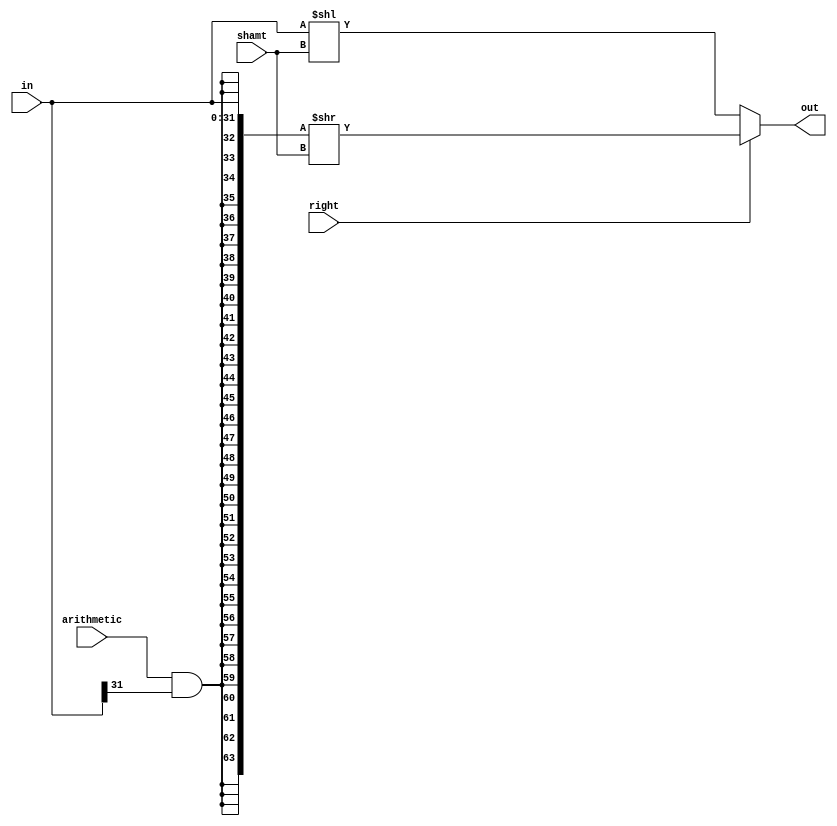
//#############################################################################
//# Function: Barrel shifter                                                  #
//#############################################################################
//# Author:   Andreas Olofsson                                                #
//# License:  MIT (see LICENSE file in OH! repository)                        #
//#############################################################################

module oh_shift
  #(parameter N   = 32,         // Operator width (8,16,32,64,128)
    parameter S    = $clog2(N), // stages=shift width
    parameter SYN = "TRUE"       // TRUE is synthesizable
    )
   (
    input [N-1:0]  in,         // data to be shifted
    input 	    arithmetic, // shifts in in[N-1] instead of 0
    input 	    right,      // shift right (default is left shift)
    input [S-1:0]   shamt,      // shift amount (unsigned)
    output [N-1:0] out         //shifted output
    );

   generate
      if(SYN=="TRUE")  begin: gbehavioral

	 wire [2*N-1:0] in_sext;
	 wire [N-1:0] 	 sr_result;
	 wire [N-1:0] 	 sl_result;

	 assign shift_in          = arithmetic & in[N-1];

	 assign in_sext[2*N-1:0] = {{(N){shift_in}},in[N-1:0]};

	 assign sr_result[N-1:0] = in_sext[2*N-1:0] >> shamt[S-1:0];

	 assign sl_result[N-1:0] = in[N-1:0]        << shamt[S-1:0];

	 assign out[N-1:0]       = right ? sr_result[N-1:0] :
				            sl_result[N-1:0];

      end // block: gbehavioral
      else begin
	 asic_shift #(.TYPE(TYPE),
		      .N(N))
	 asic_shift (// Outputs
		     .out	 (out[N-1:0]),
		     // Inputs
		     .in	 (in[N-1:0]),
		     .arithmetic (arithmetic),
		     .right      (right),
		     .shamt	 (shamt[S-1:0]));

      end
   endgenerate
endmodule